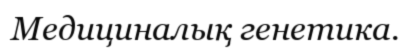
Медициналық генетика.